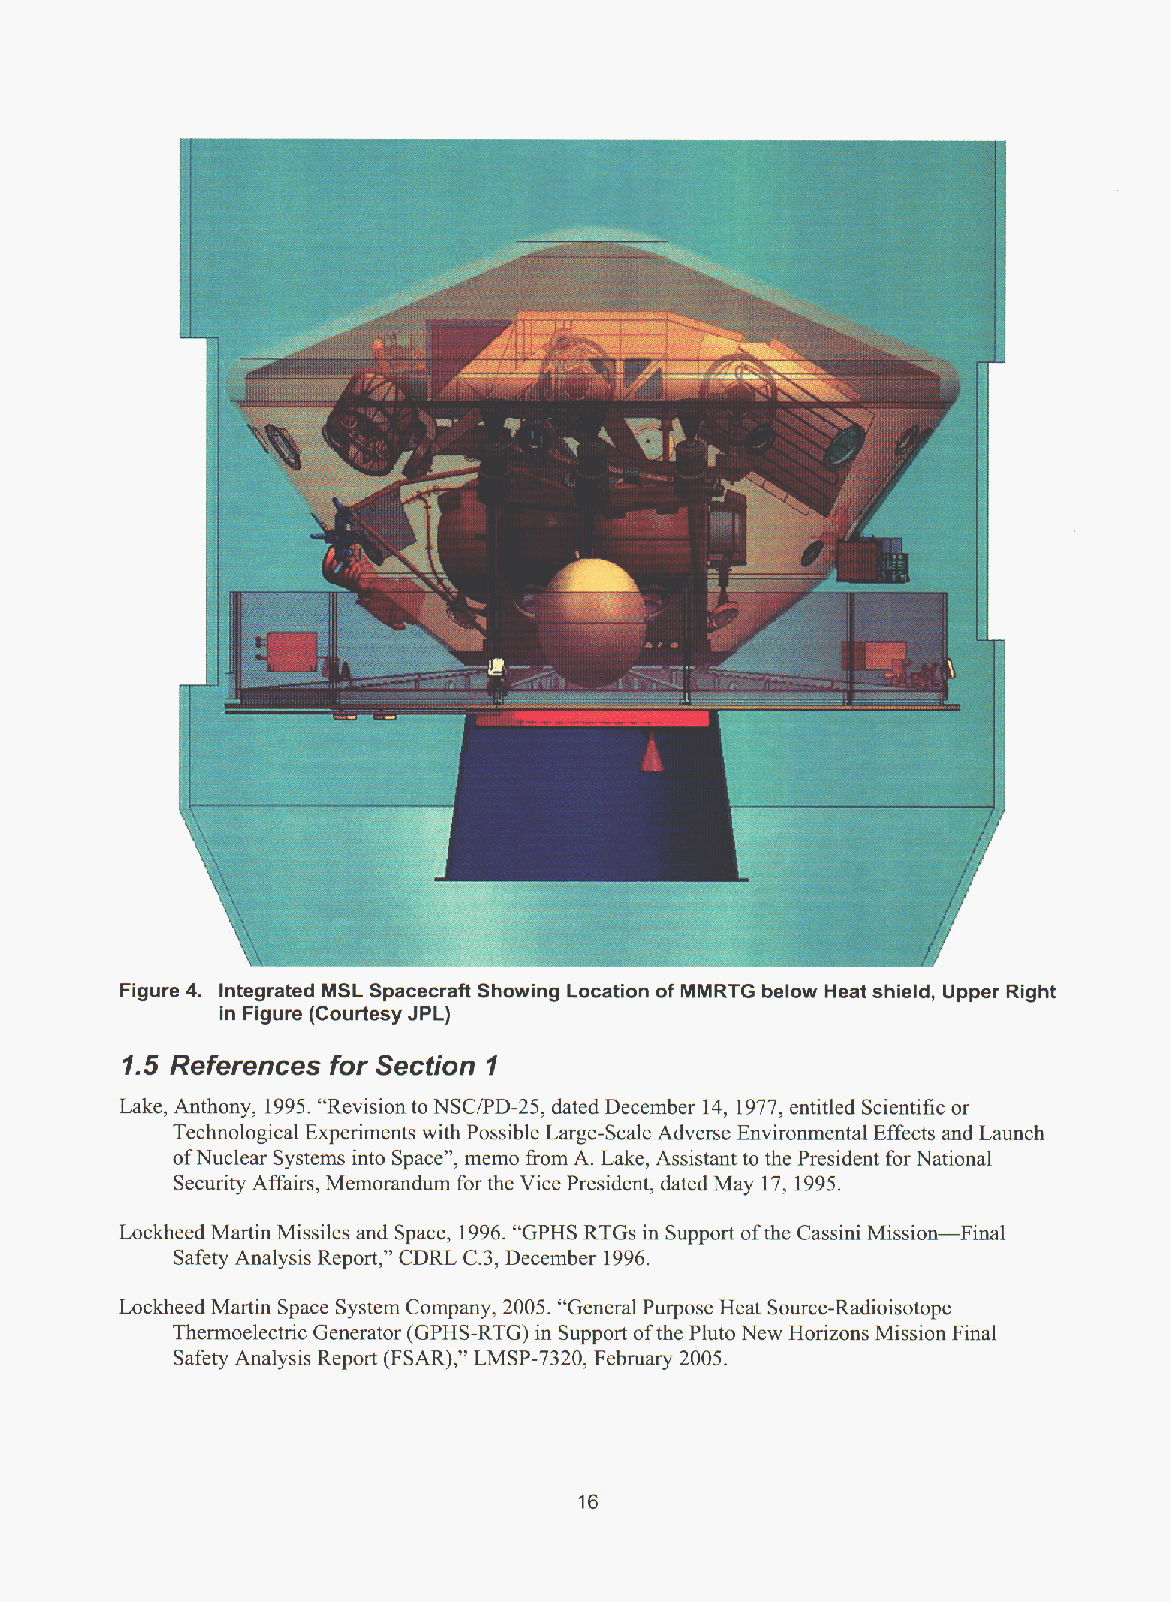
.I.
 rlgure ~niayraceuM DL ppar;acrafl Showmy umzarion PI inmRTG ueiow near snieio, upper Right
 in Figure (Courtesy JPL)
 1.5 References for Section I
 Lake, Anthony, 1995. “Revision to NSCIPD-25, dated December 14, 1977, entitled Scientific or
 Technological Experiments with Possible Large-Scale Adverse Environmental Effects and Launch
 of Nuclear Systems into Space”, memo i?om A. Lake, Assistant to the President for National
 Security Affairs, Memorandum for the Vice President, dated May 17, 1995.
 Lockheed Martin Missiles and Space, 1996. “GPHS RTGs in Support of the Cassini Mission-Final
 Safety Analysis Report,” CDRL C.3, December 1996.                 .
 Lockheed Martin Space System Company, 2005. “General Purpose Heat Source-Radioisotope
 Thermoelectric Generator (GPHS-RTG) in Support of the Pluto New Horizons Mission Final
 Safety Analysis Report (FSAR),” LMSP-7320, February 2005.
 16